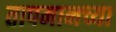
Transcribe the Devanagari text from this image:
तापमानच्या